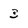
Character: 3